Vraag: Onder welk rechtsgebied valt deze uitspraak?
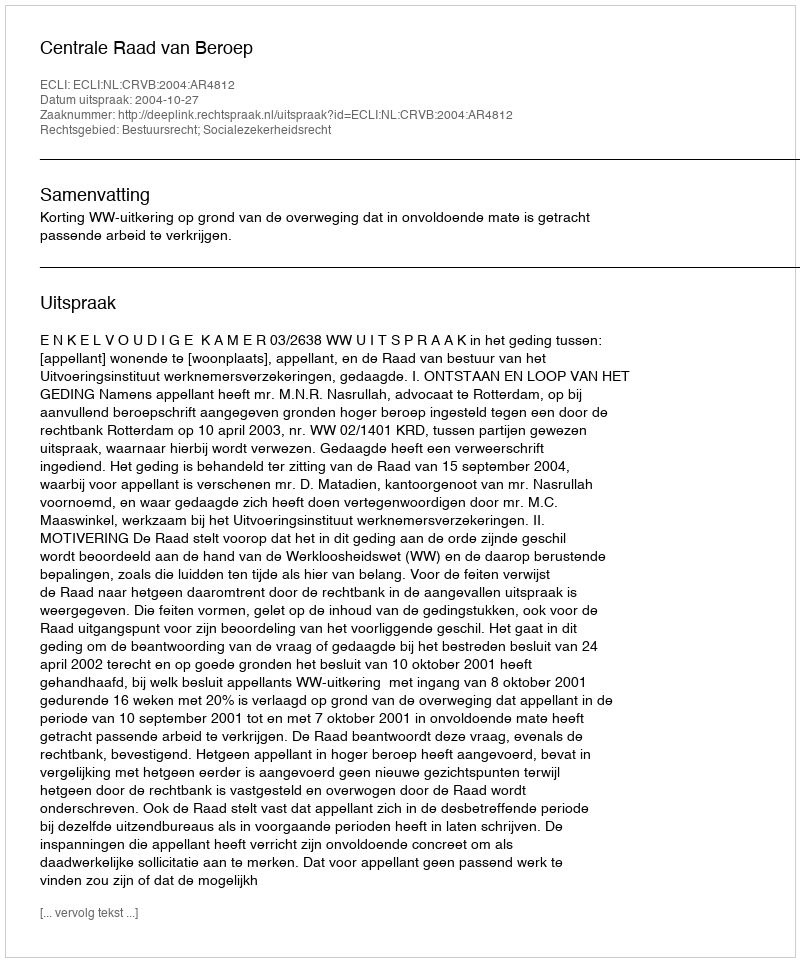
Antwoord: Bestuursrecht; Socialezekerheidsrecht